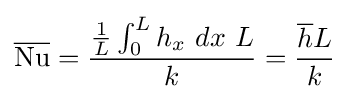
{\overline {\mathrm {Nu} }}={\frac {{\frac {1}{L}}\int _{0}^{L}h_{x}\ dx\ L}{k}}={\frac {{\overline {h}}L}{k}}